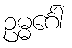
ဥမ္မင်္ဂေါ